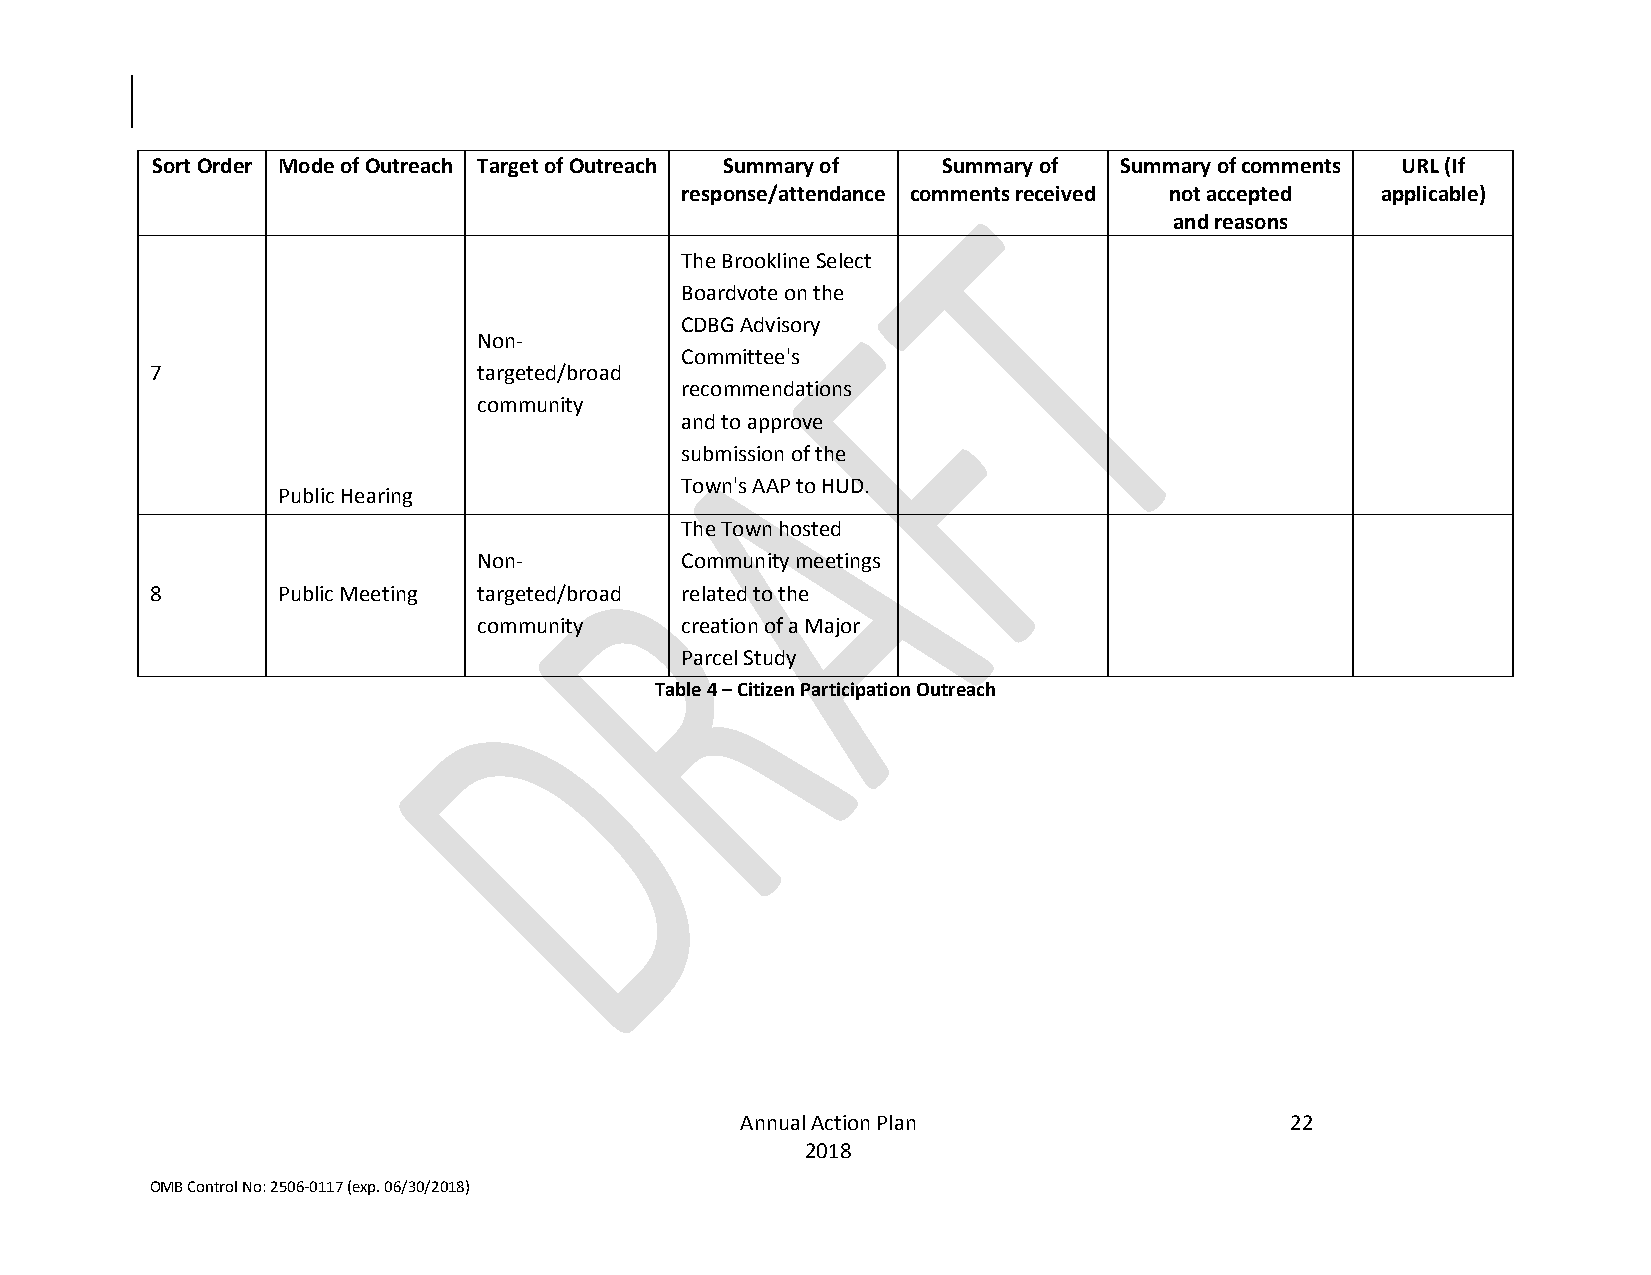
Sort Order Mode of Outreach Target of Outreach Summary of Summary of Summary of comments URL (If
 response/attendance comments received not accepted applicable)
 and reasons
 The Brookline Select
 Boardvote on the
 CDBG Advisory
 Non-
 Committee's
 7                     targeted/broad
 recommendations
 community
 and to approve
 submission of the
 Town's AAP to HUD.
 Public Hearing
 The Town hosted
 Non-         Community meetings
 8       Public Meeting targeted/broad related to the
 community    creation of a Major
 Parcel Study
 Table 4 – Citizen Participation Outreach
 Annual Action Plan                  22
 2018
 OMB Control No: 2506-0117 (exp. 06/30/2018)